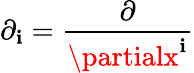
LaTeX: \partial_{\mathbf{i}}=\frac{{\partial}}{{\partialx^{\mathbf{i}}}}